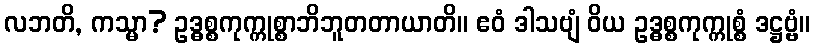
လဘတိ, ကသ္မာ? ဥဒ္ဓစ္စကုက္ကုစ္စာဘိဘူတတာယာတိ။ ဧဝံ ဒါသဗျံ ဝိယ ဥဒ္ဓစ္စကုက္ကုစ္စံ ဒဋ္ဌဗ္ဗံ။